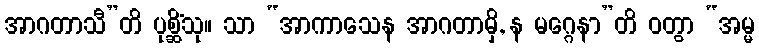
အာဂတာသီ”တိ ပုစ္ဆိံသု။ သာ “အာကာသေန အာဂတာမှိ, န မဂ္ဂေနာ”တိ ဝတွာ “အမ္မ